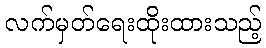
လက်မှတ်ရေးထိုးထားသည့်